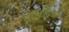
સાફિર